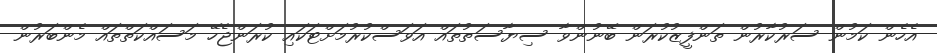
އެހެން ކަމުން ސަރުކާރުން ތަންފީޒުކުރަން ބޭނުންވާ ސިޔާސަތުތައް އަވަސްކުރުމަށްޓަކައި ކުރަންޖެހޭ މަސައްކަތްތައް މެންބަރުން